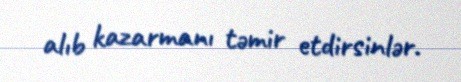
alıb kazarmanı təmir etdirsinlər.